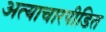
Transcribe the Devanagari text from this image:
अत्याचारपीडित